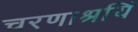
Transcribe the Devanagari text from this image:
चरणाश्रयिं